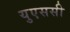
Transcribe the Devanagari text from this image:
युएससी